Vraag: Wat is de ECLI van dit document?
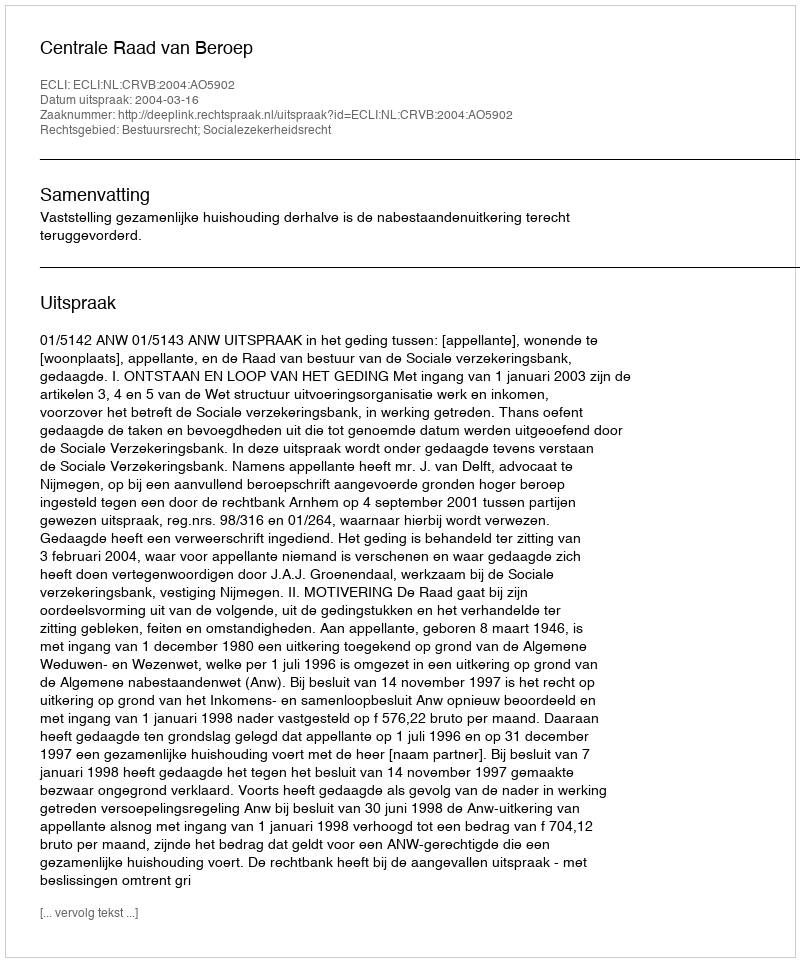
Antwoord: ECLI:NL:CRVB:2004:AO5902